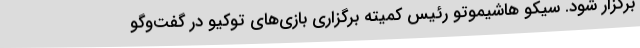
برگزار شود. سیکو هاشیموتو رئیس کمیته برگزاری بازی‌های توکیو در گفت‌وگو